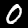
Digit: 0